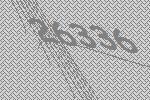
26336